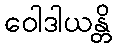
ဝေါဒါယန္တိ